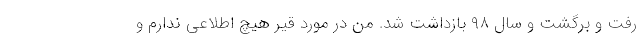
رفت و برگشت و سال ۹۸ بازداشت شد. من در مورد قیر هیچ اطلاعی ندارم و